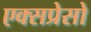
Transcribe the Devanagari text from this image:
एक्सप्रेसो